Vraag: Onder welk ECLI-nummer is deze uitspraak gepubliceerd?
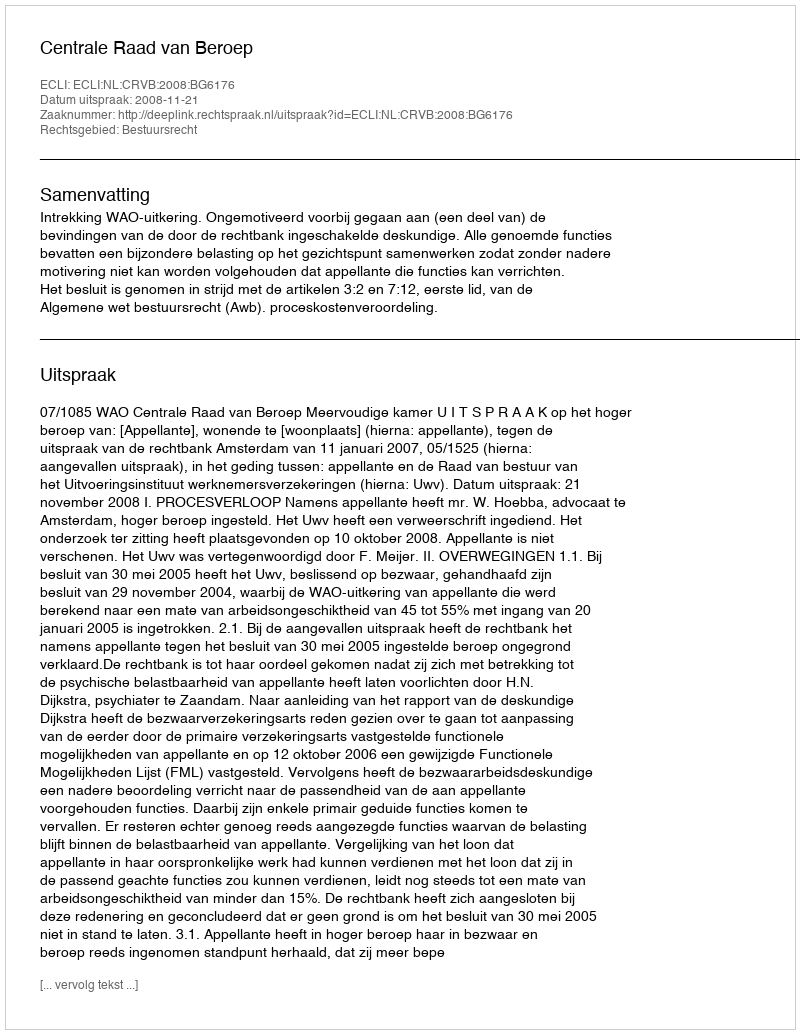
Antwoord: ECLI:NL:CRVB:2008:BG6176